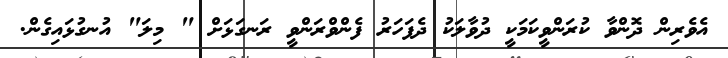
އެވެރިން ދޮންވާ ކުރަންވީކަމަކީ ދުވާލަކު ދެފަހަރު ފެންވްރަންވީ ރަނގަޅަށް " މިލަ" އުނގުޅައިގެން.